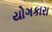
યોગકારા